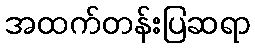
အထက်တန်းပြဆရာ